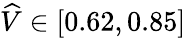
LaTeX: \widehat{V}\in[0.62,0.85]